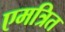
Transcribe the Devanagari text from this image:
एमत्रित